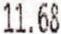
11.68